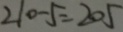
2 1 0 - 5 = 2 0 5